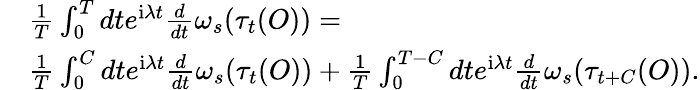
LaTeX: \begin{array}{rl}&{\frac{1}{T}\int_{0}^{T}dte^{\mathrm{i}\lambda t}\frac{d}{dt}\omega_{s}(\tau_{t}(O))=}\\ &{\frac{1}{T}\int_{0}^{C}dte^{\mathrm{i}\lambda t}\frac{d}{dt}\omega_{s}(\tau_{t}(O))+\frac{1}{T}\int_{0}^{T-C}dte^{\mathrm{i}\lambda t}\frac{d}{dt}\omega_{s}(\tau_{t+C}(O)).}\end{array}